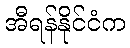
အီရန်နိုင်ငံက